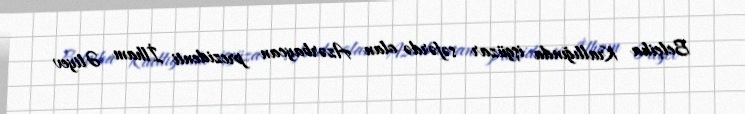
Belçika Krallığında işgüzar səfərdə olan Azərbaycan prezidenti İlham Əliyev